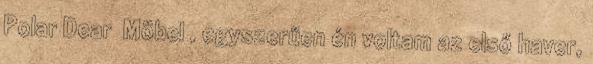
Polar Dear Möbel , egyszerűen én voltam az első haver,